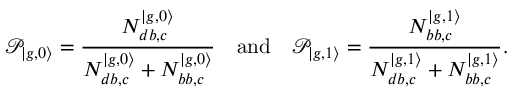
\mathcal { P } _ { | { g , 0 \rangle } } = \frac { N _ { d b , c } ^ { | g , 0 \rangle } } { N _ { d b , c } ^ { | g , 0 \rangle } + N _ { b b , c } ^ { | g , 0 \rangle } } \quad \mathrm { a n d } \quad \mathcal { P } _ { | { g , 1 \rangle } } = \frac { N _ { b b , c } ^ { | g , 1 \rangle } } { N _ { d b , c } ^ { | g , 1 \rangle } + N _ { b b , c } ^ { | g , 1 \rangle } } .